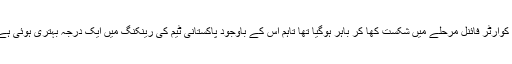
خیال رہے کہ پاکستان ہاکی ورلڈ کپ کے پری کوارٹر فائنل مرحلے میں شکست کھا کر باہر ہوگیا تھا تاہم اس کے باوجود پاکستانی ٹیم کی رینکنگ میں ایک درجہ بہتری ہوئی ہے اور وہ تیرہویں سے بارہویں نمبر پر آگئی ہے۔